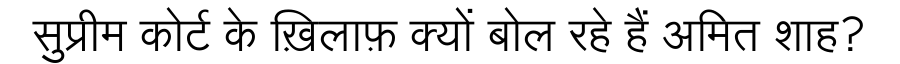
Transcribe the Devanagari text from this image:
सुप्रीम कोर्ट के ख़िलाफ़ क्यों बोल रहे हैं अमित शाह?